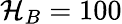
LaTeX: \mathcal{H}_{B}=100